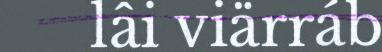
lâi viärráb